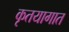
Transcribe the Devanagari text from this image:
कृतयागात